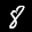
Label: 8